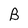
Character: B